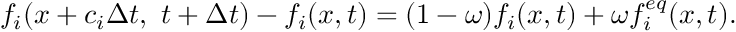
f _ { i } ( x + c _ { i } \Delta t , ~ t + \Delta t ) - f _ { i } ( x , t ) = ( 1 - \omega ) f _ { i } ( x , t ) + \omega f _ { i } ^ { e q } ( x , t ) .